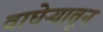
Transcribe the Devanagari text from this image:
वाघेऱ्यातून